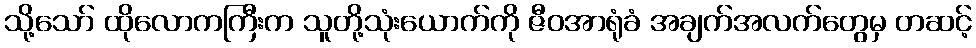
သို့သော် ထိုလောကကြီးက သူတို့သုံးယောက်ကို ဇီဝအာရုံခံ အချက်အလက်တွေမှ တဆင့်